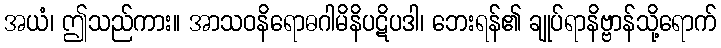
အယံ၊ ဤသည်ကား။ အာသဝနိရောဓဂါမိနိပဋိပဒါ၊ ဘေးရန်၏ ချုပ်ရာနိဗ္ဗာန်သို့ရောက်